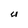
Character: U